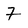
Character: 7